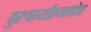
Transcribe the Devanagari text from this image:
पुरुषार्थांप्रमाणेच